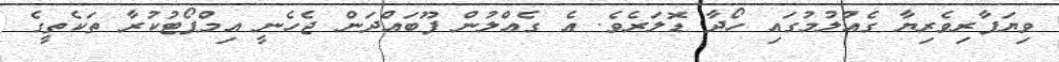
ވިޔަފާރިވެރިޔާ ގެއްލުމުގައި ހޯދާ ޑޮލަރެވެ. އެ ގެއްލުން ފޫބައްދަން ޖެހެނީ އިމްޕޯޓުކުރާ ތަކެތީގެ